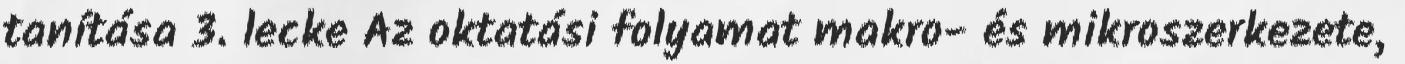
tanítása 3. lecke Az oktatási folyamat makro- és mikroszerkezete,